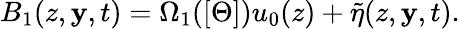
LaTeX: B_{1}(z,\mathbf{y},t)=\Omega_{1}([\Theta])u_{0}(z)+\tilde{{\eta}}(z,\mathbf{y},t).